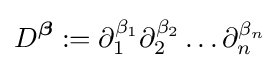
D^{\boldsymbol {\beta }}:=\partial _{1}^{\beta _{1}}\partial _{2}^{\beta _{2}}\ldots \partial _{n}^{\beta _{n}}